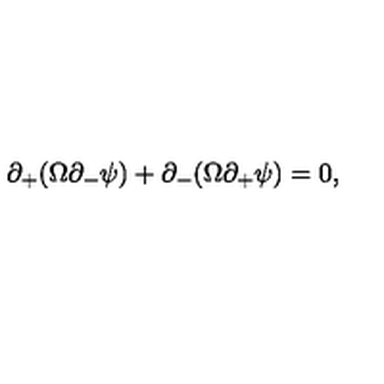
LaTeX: \partial _ { + } ( \Omega \partial _ { - } \psi ) + \partial _ { - } ( \Omega \partial _ { + } \psi ) = 0 ,